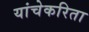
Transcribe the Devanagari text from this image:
यांचेकरिता